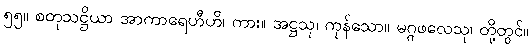
၅၅။ စတုသဋ္ဌိယာ အာကာရေဟီဟိ၊ ကား။ အဋ္ဌသု၊ ကုန်သော။ မဂ္ဂဖလေသု၊ တို့တွင်။